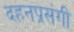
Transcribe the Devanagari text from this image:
दहनप्रसंगी